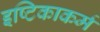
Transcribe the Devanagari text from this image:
इष्टिकाकर्म